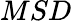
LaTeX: MSD